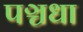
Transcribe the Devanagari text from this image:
पञ्चधा